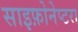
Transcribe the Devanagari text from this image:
साइफ़ोनेप्टरा